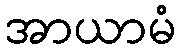
အာယာမံ